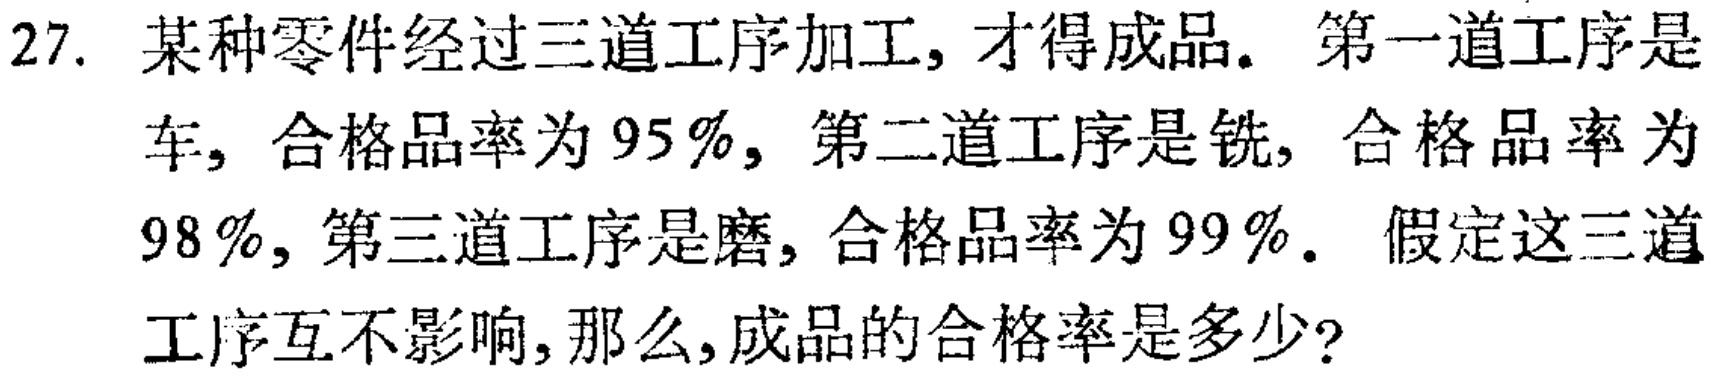
27. 某种零件经过三道工序加工, 才得成品。第一道工序是车, 合格品率为 \(95\%\), 第二道工序是铣, 合格品率为 \(98\%\), 第三道工序是磨, 合格品率为 \(99\%\)。假定这三道工序互不影响, 那么, 成品的合格率是多少?